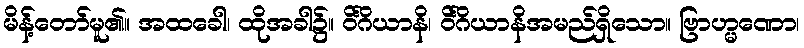
မိန့်တော်မူ၏။ အထခေါ၊ ထိုအခါ၌။ ဝိင်္ဂိယာနိ၊ ဝိင်္ဂိယာနိအမည်ရှိသော။ ဗြာဟ္မဏော၊